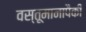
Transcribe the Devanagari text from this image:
वस्तूमानापैकी